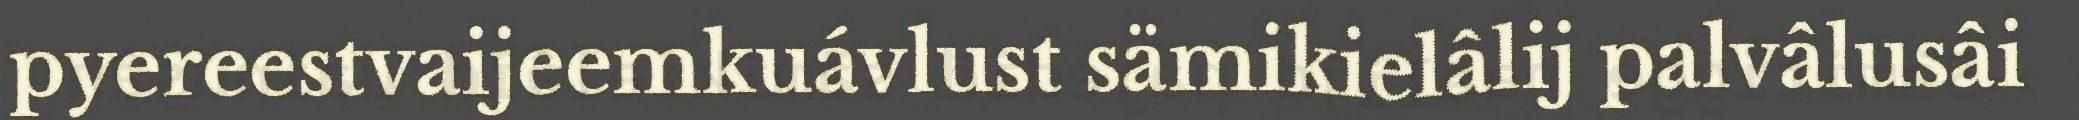
pyereestvaijeemkuávlust sämikielâlij palvâlusâi